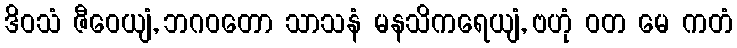
ဒိဝသံ ဇီဝေယျံ, ဘဂဝတော သာသနံ မနသိကရေယျံ, ဗဟုံ ဝတ မေ ကတံ